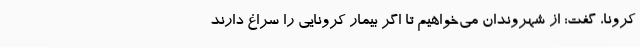
کرونا، گفت: از شهروندان می‌خواهیم تا اگر بیمار کرونایی را سراغ دارند